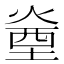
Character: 㷑